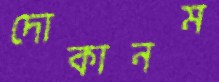
দোকানম